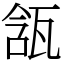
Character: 㼨